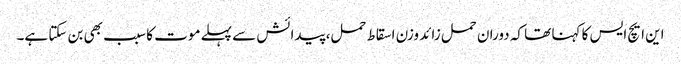
این ایچ ایس کا کہنا تھا کہ دوران حمل زائد وزن اسقاط حمل، پیدائش سے پہلے موت کا سبب بھی بن سکتا ہے۔